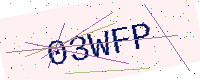
Text: 03WFP